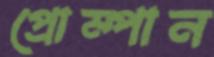
প্রোম্পান